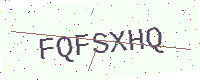
Text: FQFSXHQ